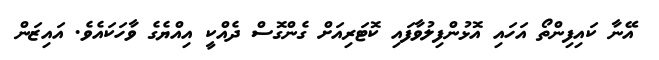
އޭނާ ކައިފިންތޯ އަހައި އޮޅުންފިލުވާފައި ކޮޓަރިއަށް ގެންގޮސް ދެއްކީ އިއްޔެގެ ވާހަކައެވެ. އައިޒަން